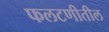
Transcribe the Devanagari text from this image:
फलटणीतील